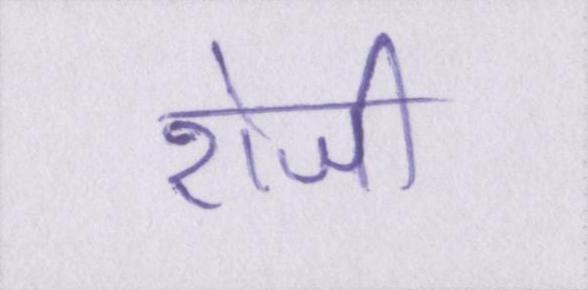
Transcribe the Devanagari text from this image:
रोजी